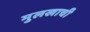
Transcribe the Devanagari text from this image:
मुलखाची